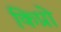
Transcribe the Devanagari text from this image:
किप्रो